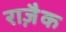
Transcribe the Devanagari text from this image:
राज़ैक